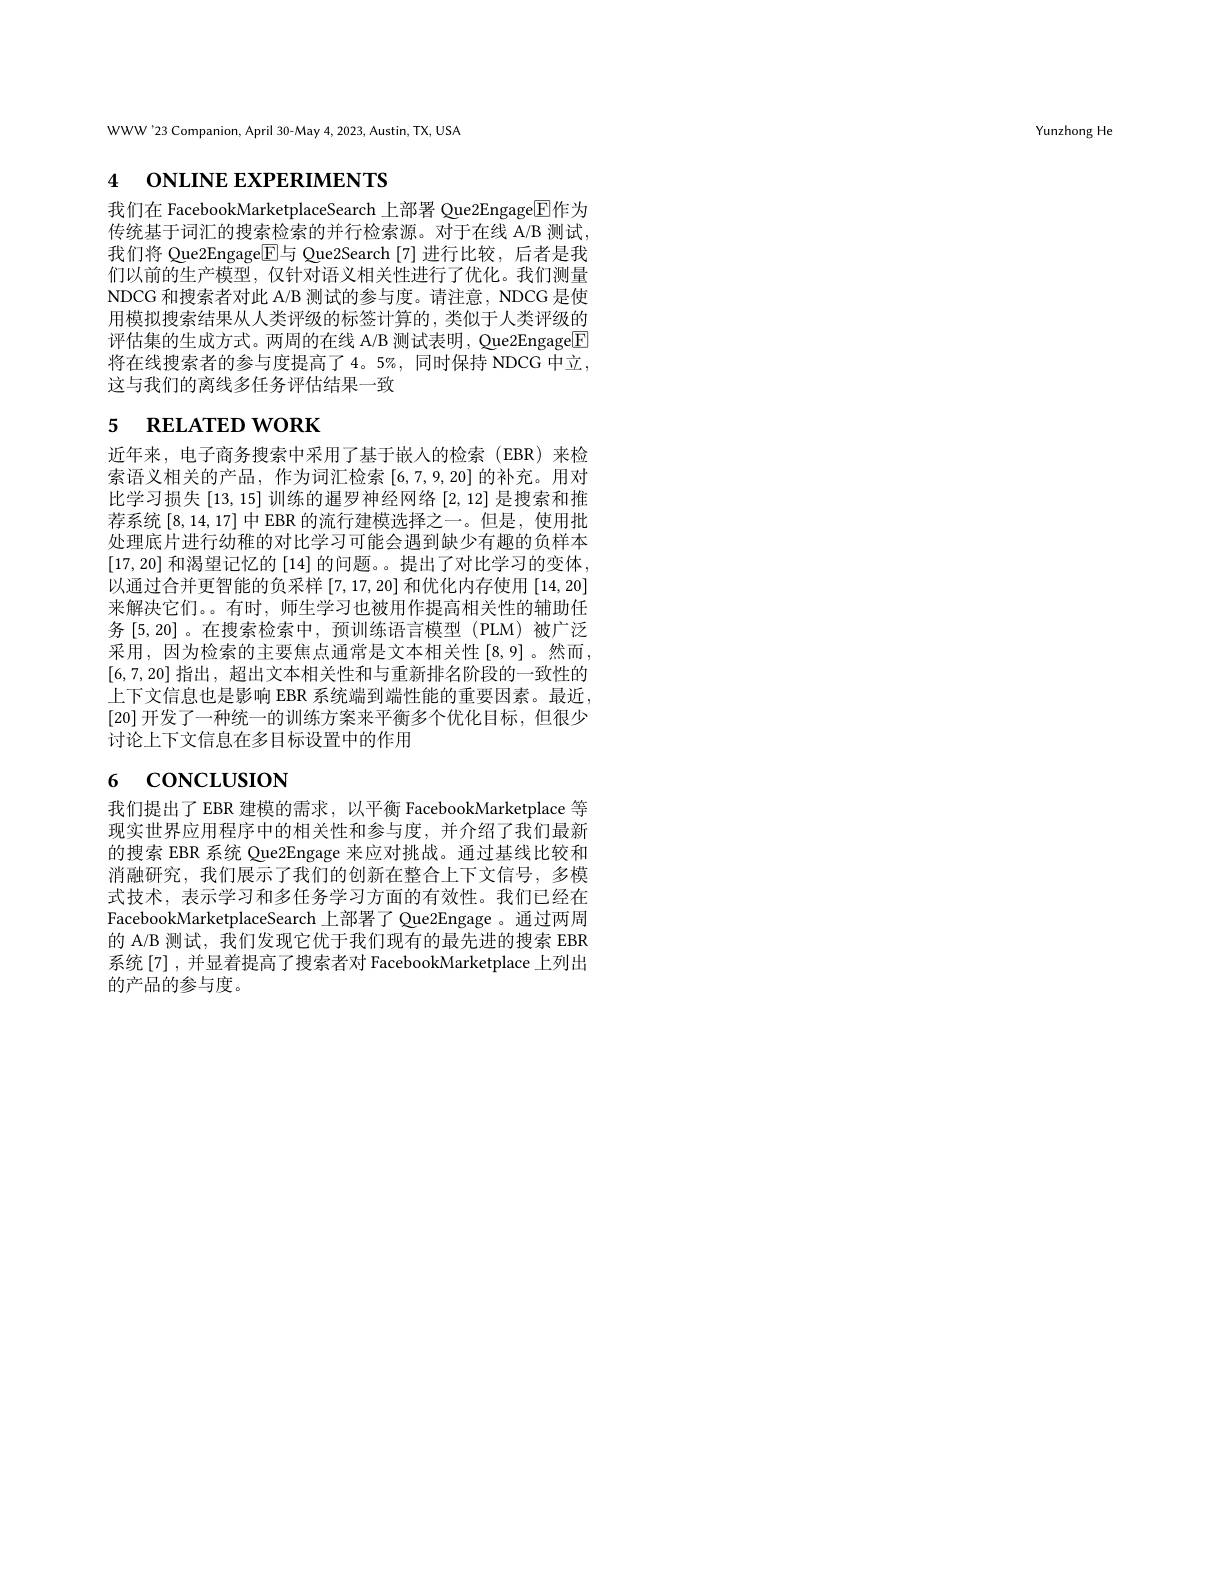
Yunzhong He

WWW'23 Companion, April 30-May 4, 2023, Austin, TX, USA

# 4 ONLINE EXPERIMENTS

我们在 FacebookMarketplaceSearch 上部署 Que2Engage$\overline{\mathrm{E}}$作为传统基于词汇的搜索检索的并行检索源。对于在线 A/B 测试， 我们将 Que2Engage[E]与 Que2Search [7]进行比较，后者是我们以前的生产模型，仅针对语义相关性进行了优化。我们测量NDCG 和搜索者对此 A/B 测试的参与度。请注意，NDCG 是使用模拟搜索结果从人类评级的标签计算的，类似于人类评级的评估集的生成方式。两周的在线 A/B 测试表明，Que2Engage[F] 将在线搜索者的参与度提高了4。5%,同时保持 NDCG 中立， 这与我们的离线多任务评估结果一致

# 5 $\textbf{RELATED WORK}$

近年来，电子商务搜索中采用了基于嵌人的检索(EBR)来检索语义相关的产品，作为词汇检索[6,7,9,20] 的补充。用对比学习损失[13,15]训练的暹罗神经网络[2,12]是搜索和推荐系统[8,14,17]中EBR 的流行建模选择之一。但是，使用批处理底片进行幼稚的对比学习可能会遇到缺少有趣的负样本[17,20]和渴望记忆的 [14] 的问题。。提出了对比学习的变体， 以通过合并更智能的负采样[7,17,20]和优化内存使用$\{14,20\}$ 来解决它们。。有时，师生学习也被用作提高相关性的辅助任务 [5,20]。在搜索检索中，预训练语言模型(PLM)被广泛采用，因为检索的主要焦点通常是文本相关性[8,9]。然而， [6,7,20] 指出，超出文本相关性和与重新排名阶段的一致性的上下文信息也是影响 EBR 系统端到端性能的重要因素。最近， [20]开发了一种统一的训练方案来平衡多个优化目标，但很少讨论上下文信息在多目标设置中的作用

# $_{6}$ concLusıoN

我们提出了EBR 建模的需求，以平衡 FacebookMarketplace 等现实世界应用程序中的相关性和参与度，并介绍了我们最新的搜索 EBR 系统 Que2Engage 来应对挑战。通过基线比较和消融研究，我们展示了我们的创新在整合上下文信号，多模式技术，表示学习和多任务学习方面的有效性。我们已经在FacebookMarketplaceSearch 上部署了 Que2Engage 。通过两周的 A/B 测试，我们发现它优于我们现有的最先进的搜索 EBR 系统[7],并显着提高了搜索者对 FacebookMarketplace 上列出的产品的参与度。